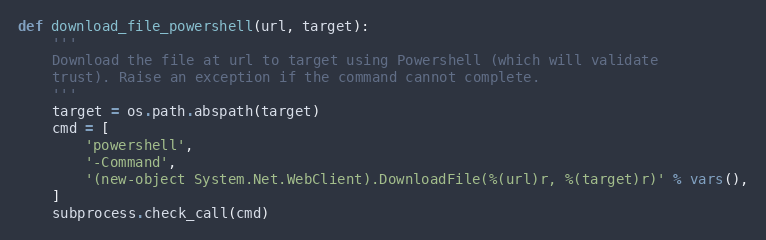
Language: Python
def download_file_powershell(url, target):
    '''
    Download the file at url to target using Powershell (which will validate
    trust). Raise an exception if the command cannot complete.
    '''
    target = os.path.abspath(target)
    cmd = [
        'powershell',
        '-Command',
        '(new-object System.Net.WebClient).DownloadFile(%(url)r, %(target)r)' % vars(),
    ]
    subprocess.check_call(cmd)